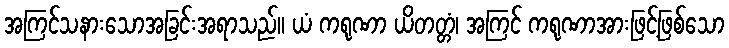
အကြင်သနားသောအခြင်းအရာသည်။ ယံ ကရုဏာ ယိတတ္တံ၊ အကြင် ကရုဏာအားဖြင့်ဖြစ်သော